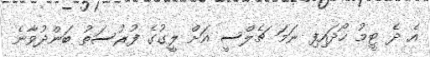
އެ ދެ ޓީމު ހޯދައިފި ނަމަ ޗެލްސީ އަށް ލީގުގެ ފުރުސަތު ބަންދުވާނެ